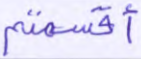
أقسمتم